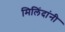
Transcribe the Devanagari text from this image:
मिलिंदांनी